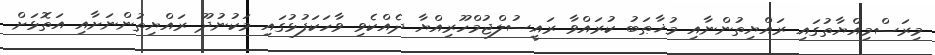
މިރަސްމިއްޔާތުގައި ރައްޔިތުންނާއި މުޚާޠަބު ކުރައްވާ ރައީސުލްޖުމްހޫރިއްޔާ ދެއްކެވި ވާހަކަފުޅުގައި މަކުނުދޫ ރައްޔިތުންނަށާއި އަތޮޅަށް